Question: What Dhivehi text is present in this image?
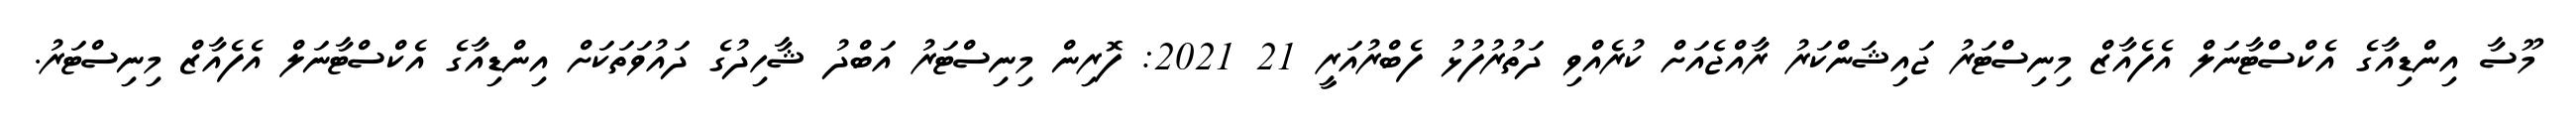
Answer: މޫސާ އިންޑިއާގެ އެކްސްޓާނަލް އެފެއާޒް މިނިސްޓަރު ޖައިޝަންކަރު ރާއްޖެއަށް ކުރެއްވި ދަތުރުފުޅު ފެބްރުއަރީ 21 2021: ފޮރިން މިނިސްޓަރު އަބްދު ޝާހިދުގެ ދައުވަތަކަށް އިންޑިއާގެ އެކްސްޓާނަލް އެފެއާޒް މިނިސްޓަރު.